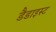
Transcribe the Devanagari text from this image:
डैडाइस्ट